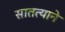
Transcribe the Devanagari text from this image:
सातत्‍याने